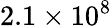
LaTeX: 2.1\times 10^{8}